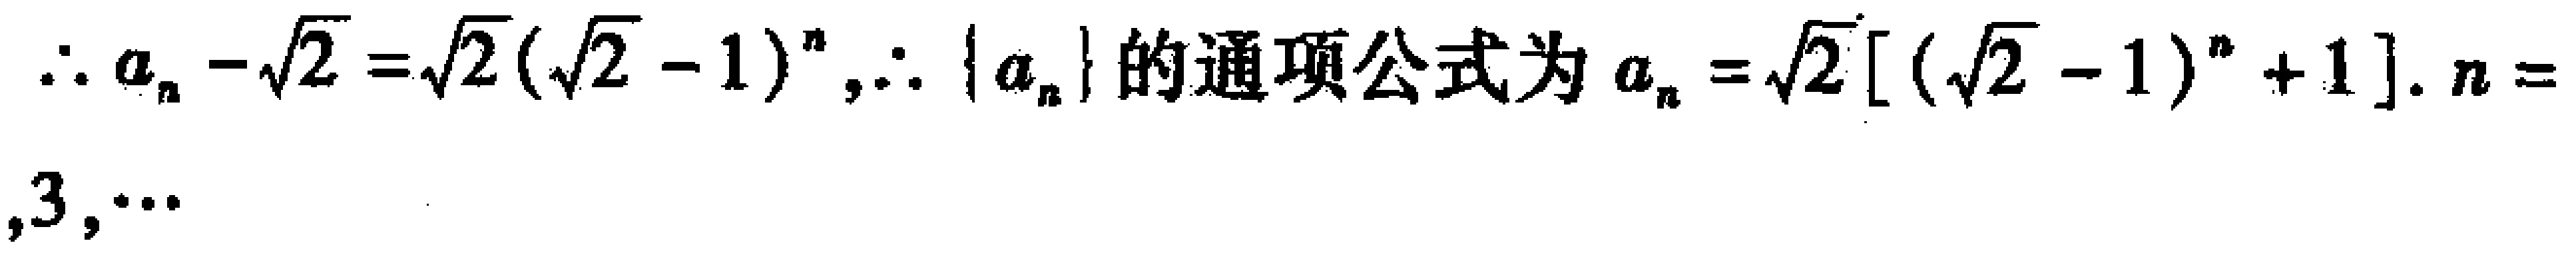
\(\therefore a_{n}-\sqrt{2}=\sqrt{2}(\sqrt{2}-1)^{n},\therefore \{ a_{n}\}\)的通项公式为\(a_{n}=\sqrt{2}[(\sqrt{2}-1)^{n}+1].n =  ,3,\cdots\)